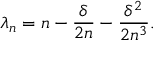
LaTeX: \lambda _ { n } = n - \frac \delta { 2 n } - \frac { \delta ^ { 2 } } { 2 n ^ { 3 } } .